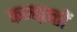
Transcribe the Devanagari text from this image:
कम्बख़्तों